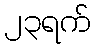
၂၃ရက်